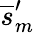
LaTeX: \overline{{s}}_{m}^{\prime}